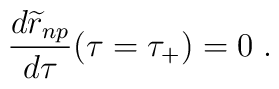
{d{\widetilde r}_{np}\over d\tau}(\tau=\tau_{+})=0 \; .